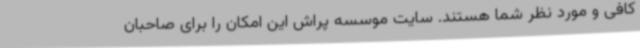
کافی و مورد نظر شما هستند. سایت موسسه پراش این امکان را برای صاحبان